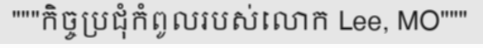
"""កិច្ចប្រជុំកំពូលរបស់លោក Lee, MO"""